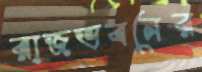
রাজভবনের